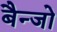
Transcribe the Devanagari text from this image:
बैन्जो